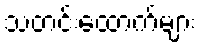
သတင်းထောက်များ